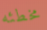
مخطئه